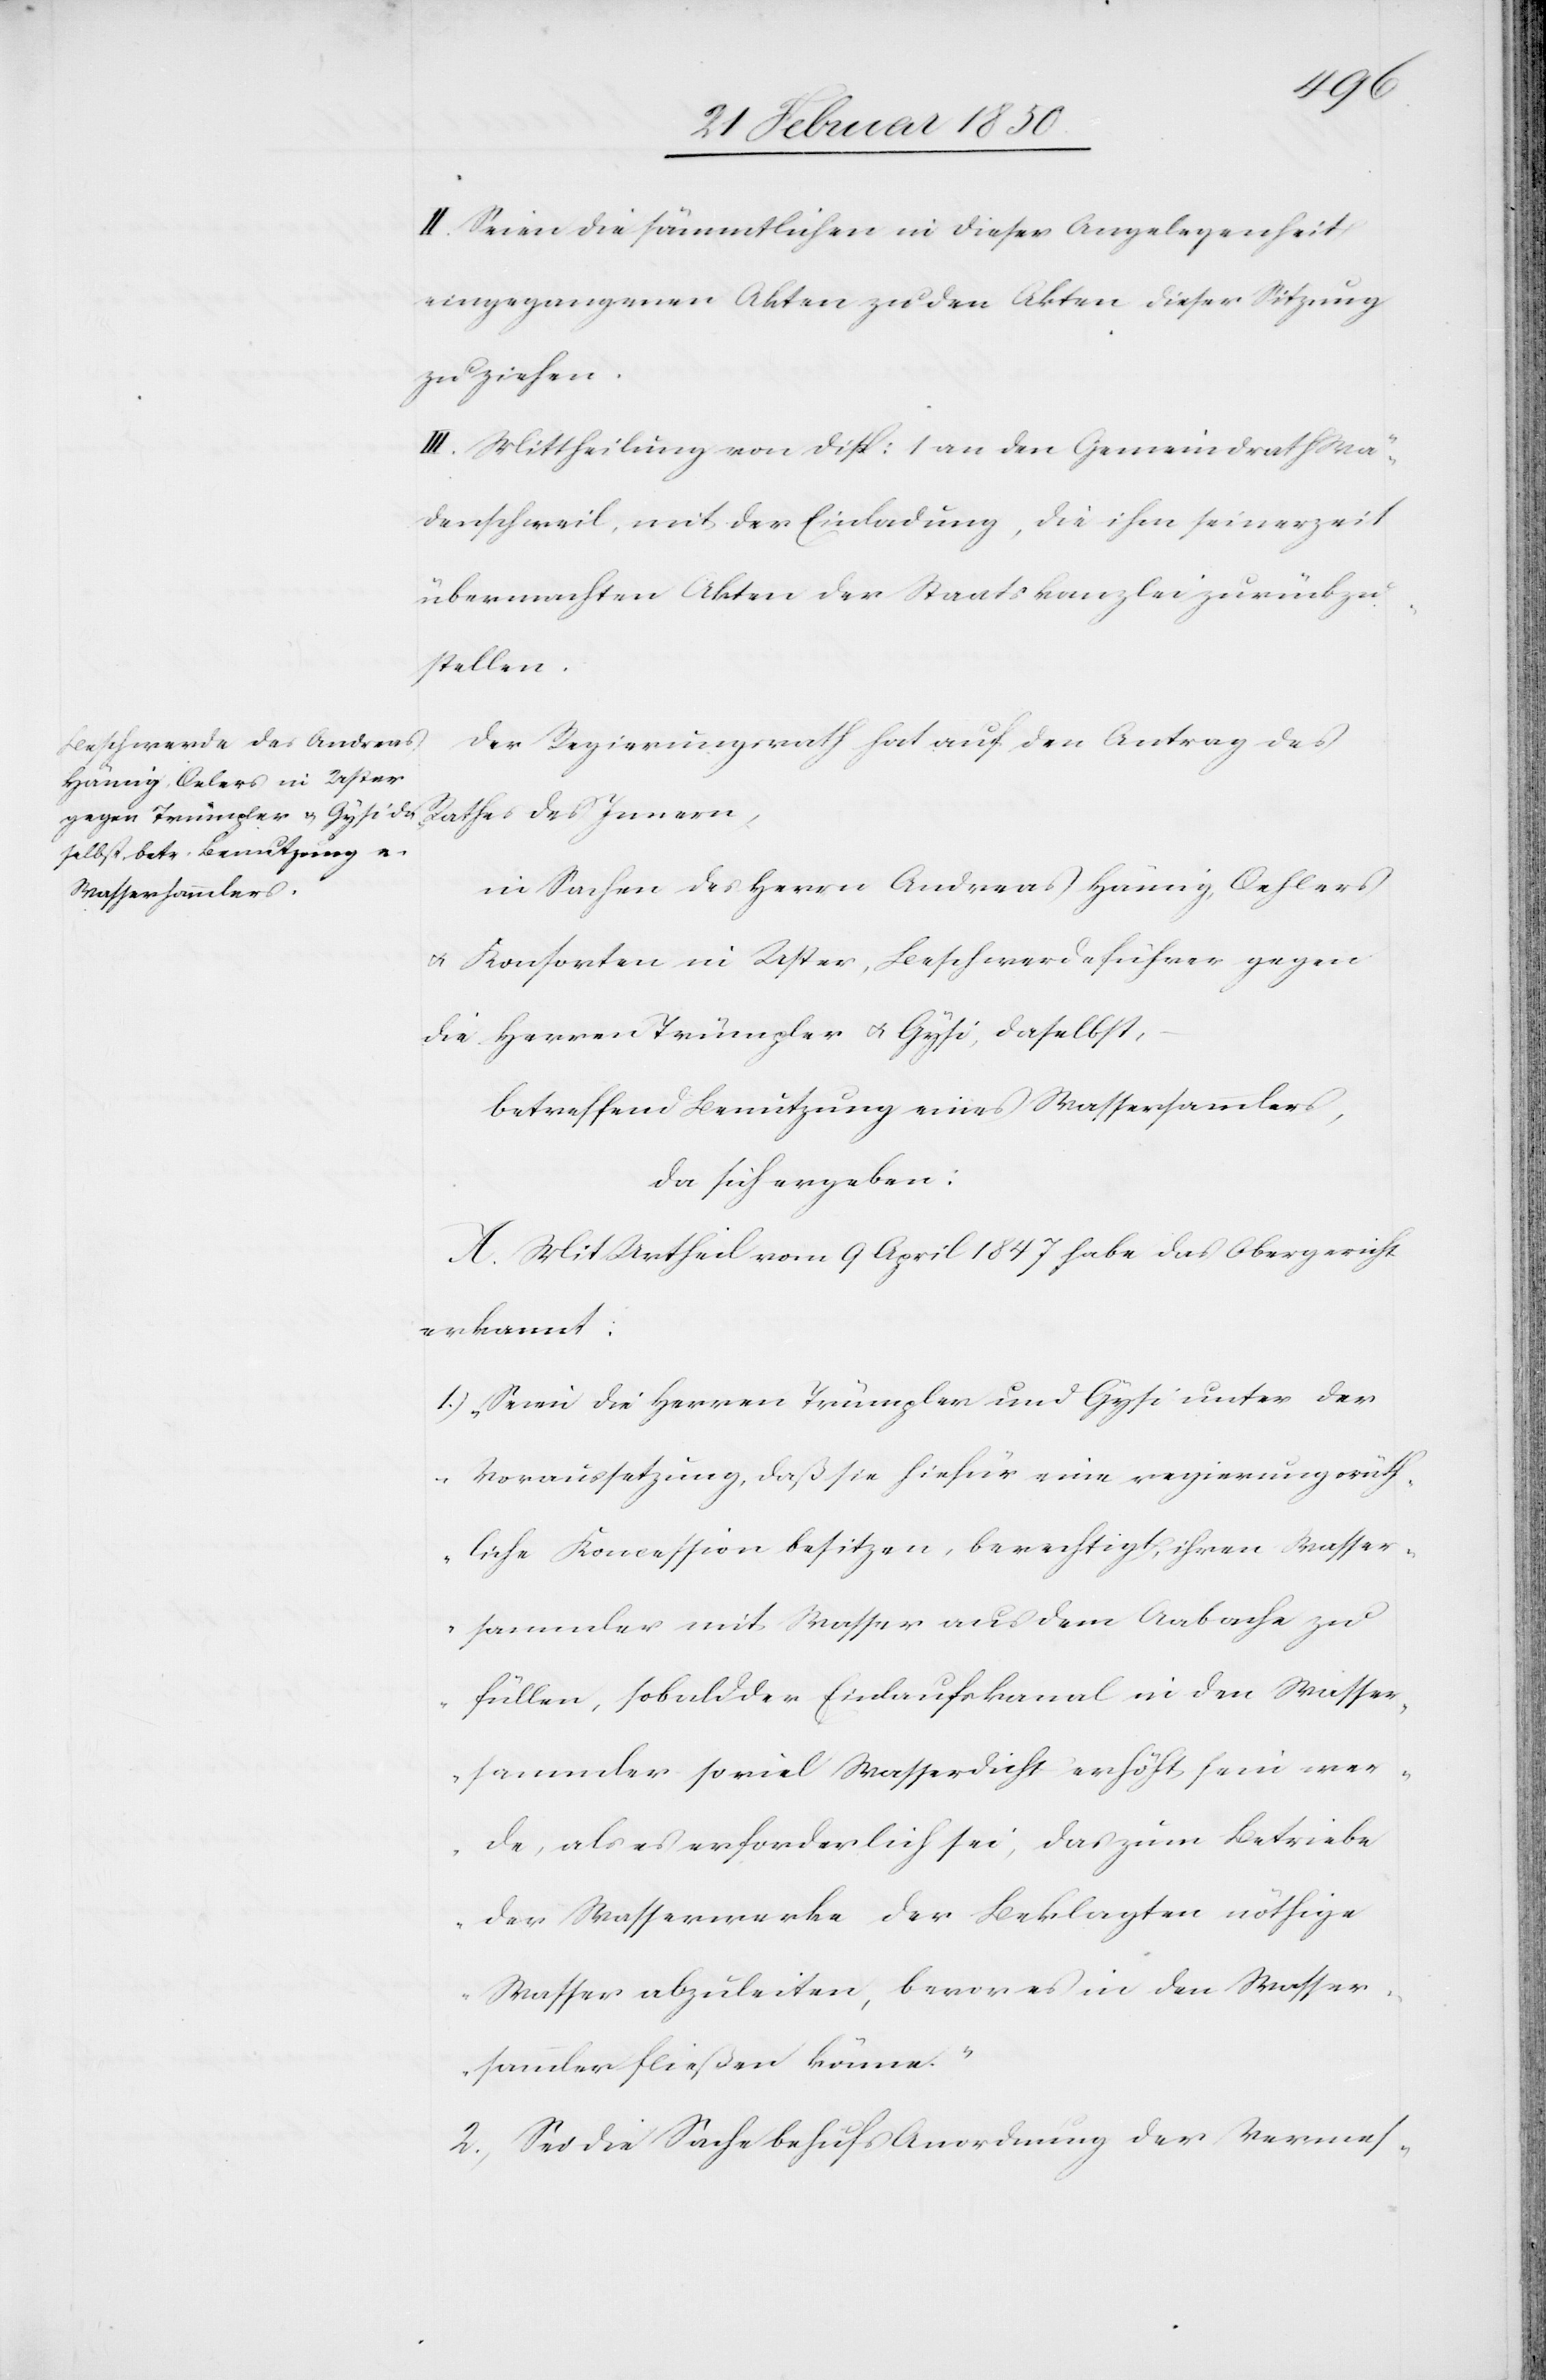
II. Seien die sämmtlichen in dieser Angelegenheit
eingegangenen Akten zu den Akten dieser Sitzung
zu ziehen.
III. Mittheilung von Disp: 1 an den Gemeindrath Wä¬
denschweil, mit der Einladung, die ihm seinerzeit
übermachten Akten der Staatskanzlei zurückzu¬
stellen.
Der Regierungsrath hat auf den Antrag des
Rathes des Innern,
in Sachen des Herrn Andreas Hämig, Oehlers
u. Konsorten in Uster, Beschwerdeführer gegen
die Herren Trümpler u. Gysi, daselbst,
betreffend Benutzung eines Wassersammlers,
da sich ergeben:
A. Mit Urtheil vom 9 April 1847 habe das Obergericht
erkannt:
1.) „Seien die Herren Trümpler und Gysi unter der
Voraussetzung, daß sie hiefür eine regierungsräth¬
liche Koncession besitzen, berechtigt, ihren Wasser¬
sammler mit Wasser aus dem Aabache zu
füllen, sobald der Einlaufskanal in den Wasser¬
sammler soviel Wasserdicht erhöht sein wer¬
de, als es erforderlich sei, das zum Betriebe
der Wasserwerke der Beklagten nöthige
Wasser abzuleiten, bevor es in den Wasser¬
sammler fließen könne.“
2. [„]Sei die Sache behufs Anordnung der Vermes-